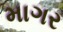
માગર